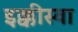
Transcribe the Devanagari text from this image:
इक्कीस्वा